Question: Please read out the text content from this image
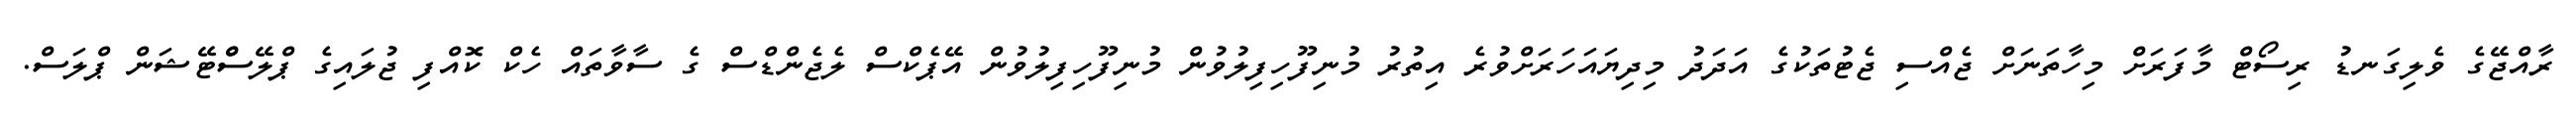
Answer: ރާއްޖޭގެ ވެލިގަނޑު ރިސޯޓް މާފަރަށް މިހާތަނަށް ޖެއްސި ޖެޓުތަކުގެ އަދަދު މިދިޔައަހަރަށްވުރެ އިތުރު މުނިފޫހިފިލުވުން މުނިފޫހިފިލުވުން އޭޕެކްސް ލެޖެންޑްސް ގެ ސާވާތައް ހެކް ކޮއްފި ޖުލައިގެ ޕްލޭސްްޓޭޝަން ޕްލަސް.